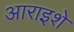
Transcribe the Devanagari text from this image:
आराइशे